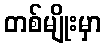
တစ်မျိုးမှာ